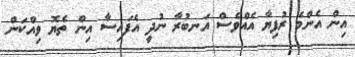
އިން އެންމެ ރުފިޔާ އެއްވެސް އަނބުރާ ނުދީ އެފައިސާ އިން ތެޔޮ ވިއްކަން